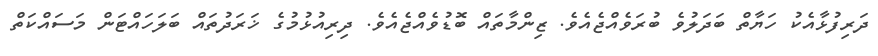
ދަރިފުޅާއެކު ހަޔާތް ބަދަލުވެ ބުރަވެެއްޖެއެވެ. ޒިންމާތައް ބޮޑުވެއްޖެއެވެ. ދިރިއުޅުމުގެ ޚަރަދުތައް ބަލަހައްޓަން މަސައްކަތް